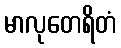
မာလုတေရိတံ